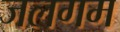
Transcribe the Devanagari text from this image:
जलगम